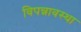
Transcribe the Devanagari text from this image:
विपन्नावस्था